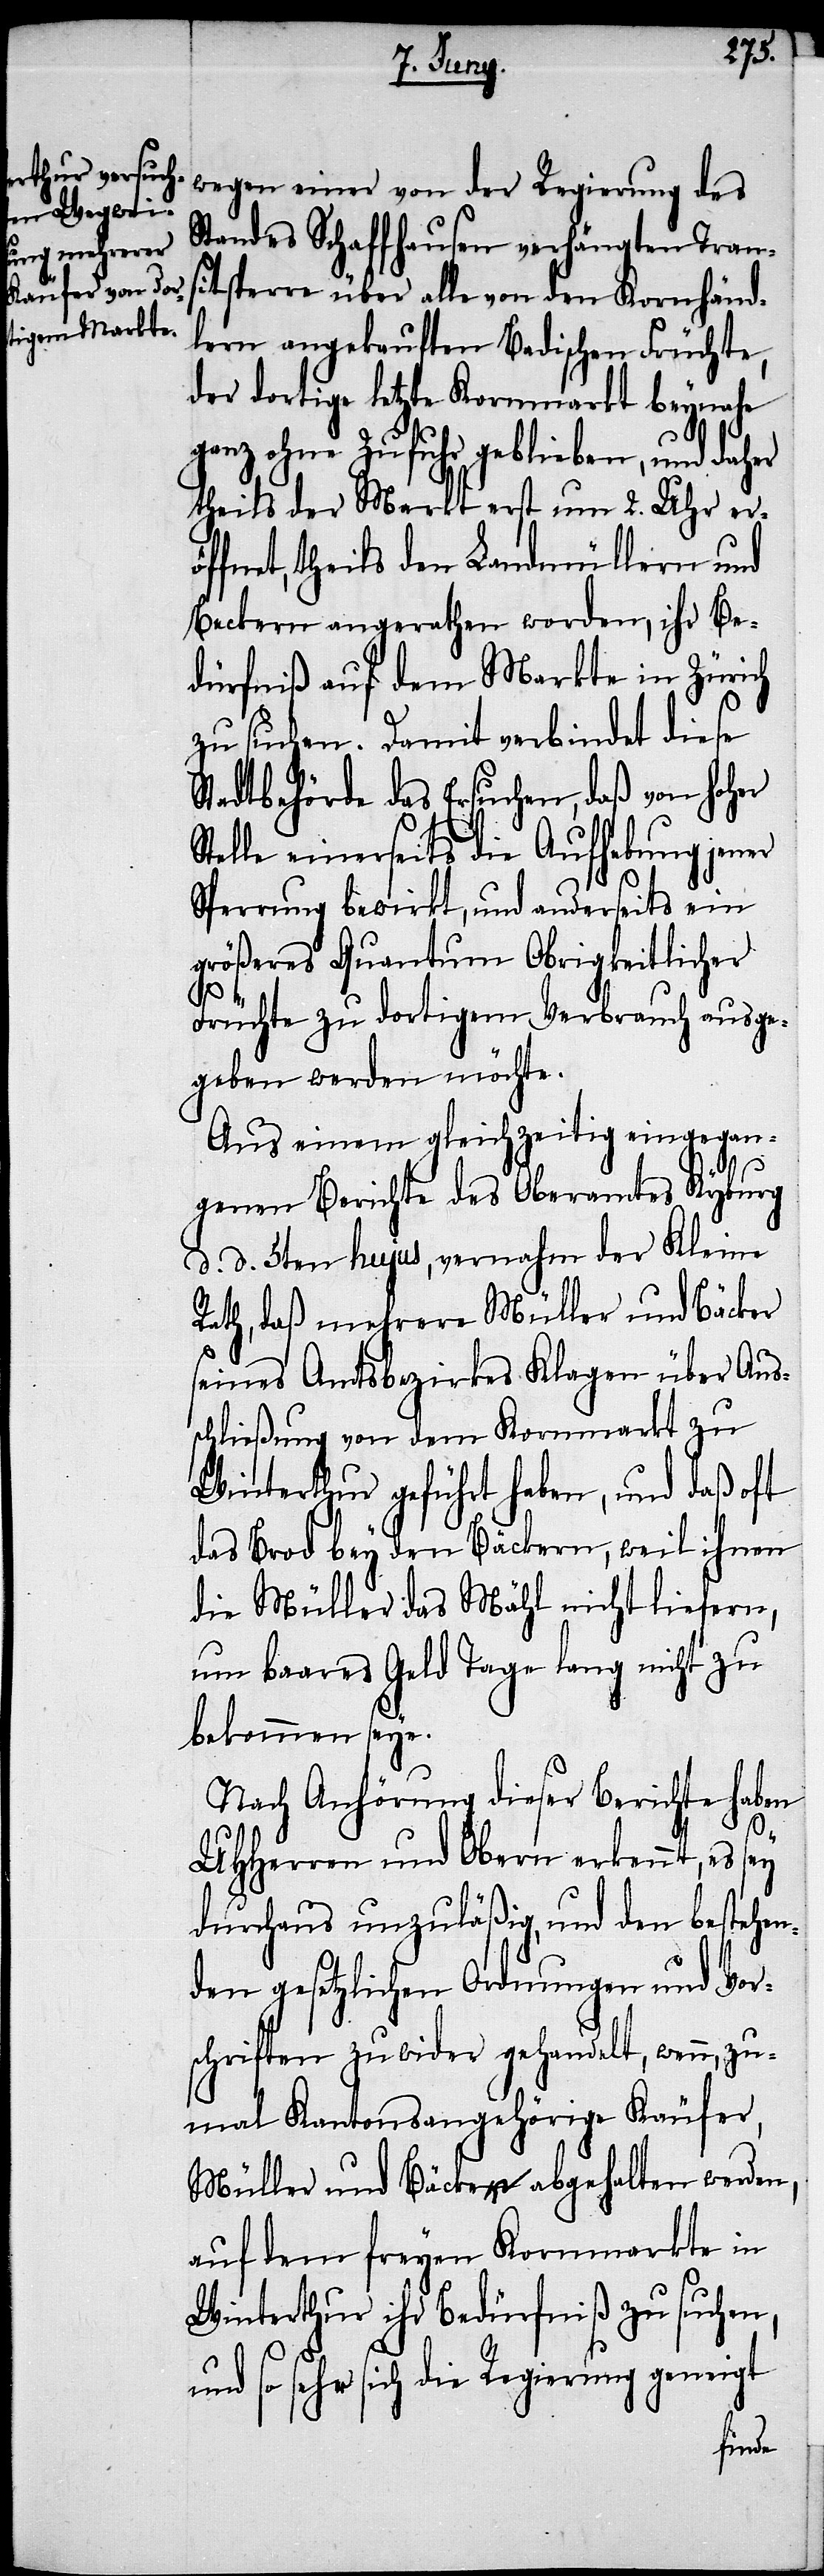
wegen einer von der Regierung des
Standes Schaffhausen verhängten Trans¬
itsperre über alle von den Kornhänd¬
lern angekauften Badischen Früchte,
der dortige letzte Kornmarkt beynahe
ganz ohne Zufuhr geblieben, und daher
theils der Markt erst um 2. Uhr erö¬
ffnet, theils den Landmüllern und
Beckern angerathen worden, ihr Be¬
dürfniß auf dem Markte in Zürich
zu suchen. Damit verbindet diese
Stadtbehörde das Ersuchen, daß von hoher
telle einerseits die Aufhebung jener
Sperrung bewirkt, und anderseits ein
größeres Quantum Obrigkeitlicher
Früchte zu dortigem Verbrauch ausge¬
geben werden möchte.
Aus einem gleichzeitig eingegan¬
S¬
genen Berichte des Oberamtes Kyburg
d. d. 5ten hujus, vernahm der Kleine
Rath, daß mehrere Müller und Bäcker
seines Amtsbezirkes Klagen über Aus¬
schließung von dem Kornmarkt zu
Winterthur geführt haben, und daß oft
das Brod bey den Bäckern, weil ihnen
die Müller das Mähl nicht liefern,
um baares Geld Tage lang nicht zu
bekommen seye.
Nach Anhörung dieser Berichte haben
UHHerren und Obern erkennt, es
durchaus unzuläßig, und den bestehen¬
den gesetzlichen Ordnungen und Vor¬
schriften zu wider gehandelt, wenn, zu¬
mal Kantonsangehörige Käufer,
Müller und Bäcker abgehalten werden,
auf dem freyen Kornmarkte in
Winterthur ihr Bedürfniß zu suchen,
und so sehr sich die Regierung geneigt